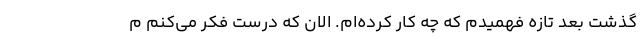
گذشت بعد تازه فهمیدم که چه کار کرده‌ام. الان که درست فکر می‌کنم م